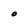
Character: O